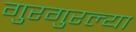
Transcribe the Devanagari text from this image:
गुरगुरल्या